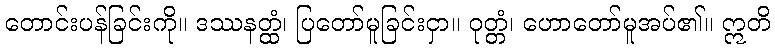
တောင်းပန်ခြင်းကို။ ဒဿနတ္ထံ၊ ပြတော်မူခြင်းငှာ။ ဝုတ္တံ၊ ဟောတော်မူအပ်၏။ ဣတိ